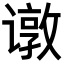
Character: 𬤣